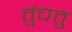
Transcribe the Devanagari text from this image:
तुंचतु